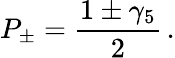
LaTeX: P_{\pm}={\frac{1\pm\gamma_{5}}{2}}\, .